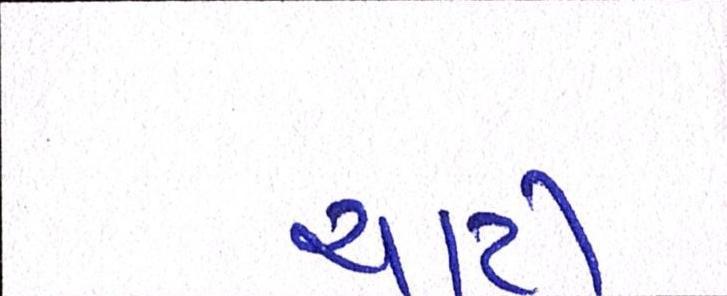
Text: ચાટી